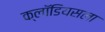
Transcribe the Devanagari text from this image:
क्लॉडियसला